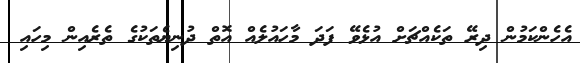
އެހެންކަމުން ދިރޭ ތަކެއްޗަށް އުޅެވޭ ފަދަ މާހައުލެއް އޮތް ދުނިޔެތަކުގެ ތެރެއިން މިހައި